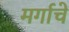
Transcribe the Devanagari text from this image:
मर्गाचे